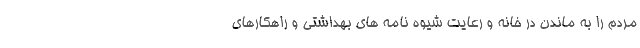
مردم را به ماندن در خانه و رعایت شیوه نامه های بهداشتی و راهکارهای